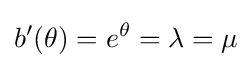
b'(\theta )=e^{\theta }=\lambda =\mu